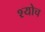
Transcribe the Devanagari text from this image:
श्योच